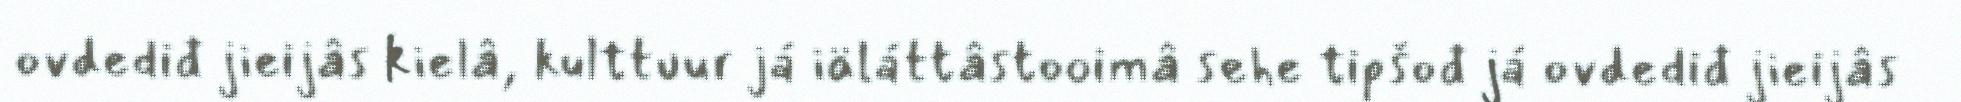
ovdediđ jieijâs kielâ, kulttuur já iäláttâstooimâ sehe tipšođ já ovdediđ jieijâs